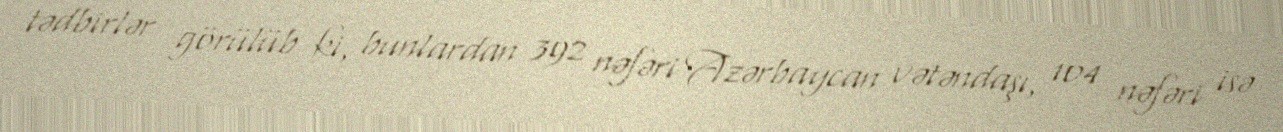
tədbirlər görülüb ki, bunlardan 392 nəfəri Azərbaycan vətəndaşı, 104 nəfəri isə